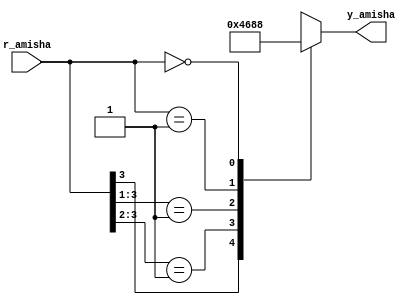
`timescale 1ns / 1ps
//////////////////////////////////////////////////////////////////////////////////
// Company: 
// Engineer: 
// 
// Design Name: 
// Module Name:    prio_encoder_casez_Amisha 
// Project Name: 
// Target Devices: 
// Tool versions: 
// Description: 
//
// Dependencies: 
//
// Revision: 
// Revision 0.01 - File Created
// Additional Comments: 
//
//////////////////////////////////////////////////////////////////////////////////
module prio_encoder_casez_Amisha(
    input [4:1] r_amisha,
    output reg [2:0] y_amisha
    );
	 
	 always @*
	 casez (r_amisha)
	 4'b1???: y_amisha = 3'b100;
	 4'b01??: y_amisha = 3'b011;
	 4'b001?: y_amisha = 3'b010;
	 4'b0001: y_amisha = 3'b001;
	 4'b0000: y_amisha = 3'b000;
	 endcase
endmodule